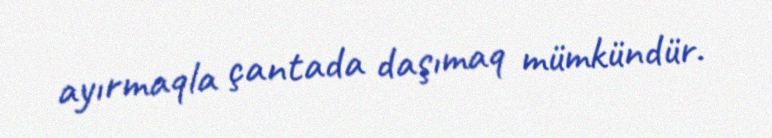
ayırmaqla çantada daşımaq mümkündür.